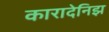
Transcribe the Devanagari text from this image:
कारादेनिझ